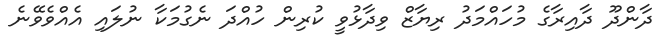
ދާންދޫ ދާއިރާގެ މުހައްމަދު ރިޔާޒް ވިދާޅުވީ ކުރިން ހުއްދަ ނެގުމަކާ ނުލައި އެއްވެވޭނެ